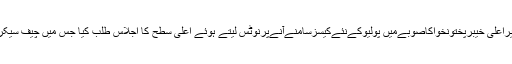
تفصیلات کے مطابق وزیراعلیٰ خیبرپختونخواکاصوبےمیں پولیوکےنئےکیسزسامنےآنےپرنوٹس لیتے ہوئے اعلیٰ سطح کا اجلاس طلب کیا جس میں چیف سیکریٹری بھی شریک ہوئے۔